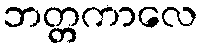
ဘတ္တကာလေ